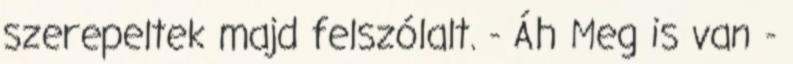
szerepeltek majd felszólalt. - Áh Meg is van -